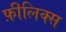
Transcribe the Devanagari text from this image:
फ़ीलिक्स